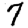
Digit: 7